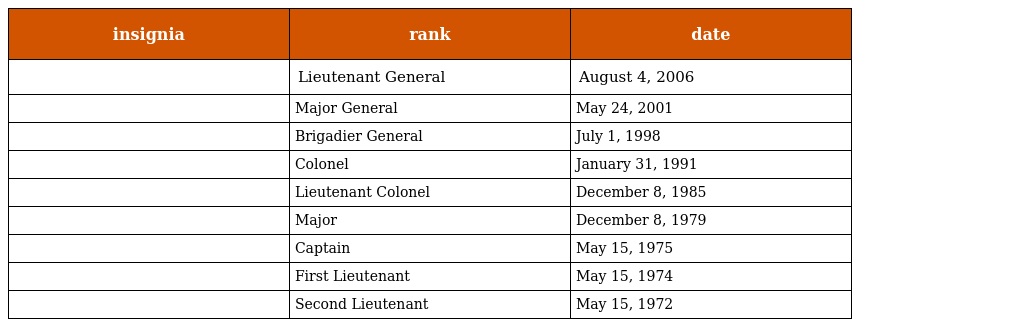
| insignia | rank | date |
 | --- | --- | --- |
 |  | Lieutenant General | August 4, 2006 |
 |  | Major General | May 24, 2001 |
 |  | Brigadier General | July 1, 1998 |
 |  | Colonel | January 31, 1991 |
 |  | Lieutenant Colonel | December 8, 1985 |
 |  | Major | December 8, 1979 |
 |  | Captain | May 15, 1975 |
 |  | First Lieutenant | May 15, 1974 |
 |  | Second Lieutenant | May 15, 1972 |